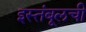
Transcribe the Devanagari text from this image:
इस्तंबूलची